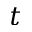
t